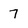
Character: 7